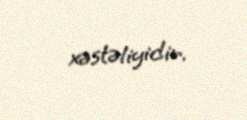
xəstəliyidir.